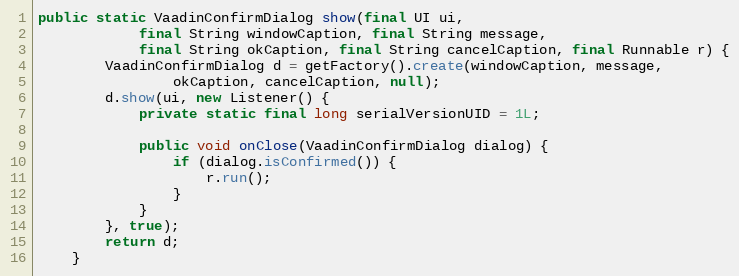
Language: Java
public static VaadinConfirmDialog show(final UI ui,
            final String windowCaption, final String message,
            final String okCaption, final String cancelCaption, final Runnable r) {
        VaadinConfirmDialog d = getFactory().create(windowCaption, message,
                okCaption, cancelCaption, null);
        d.show(ui, new Listener() {
            private static final long serialVersionUID = 1L;

            public void onClose(VaadinConfirmDialog dialog) {
                if (dialog.isConfirmed()) {
                    r.run();
                }
            }
        }, true);
        return d;
    }